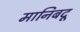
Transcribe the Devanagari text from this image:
मानिबदू